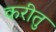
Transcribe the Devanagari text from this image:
करीतु